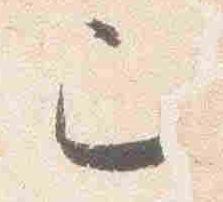
已